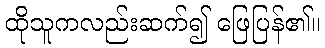
ထိုသူကလည်းဆက်၍ ဖြေပြန်၏။